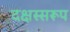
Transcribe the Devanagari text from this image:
दक्षस्सरूप